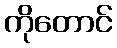
ကိုတောင်